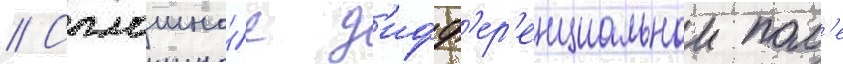
// Сплошно́е д'ифф'ер'енциальнои пол'е